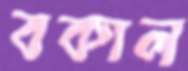
বকাল